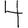
Digit: 4